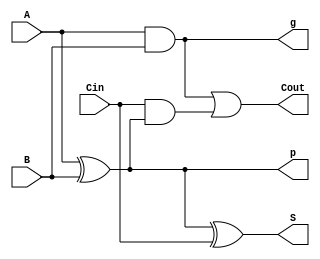
`timescale 1ns / 1ps

// 1 - bit full adder with generate and propagate signals
// can be used in a carry - lookahead adder
module FullAdder(
input A,		// A in
input B,		// B in
input Cin,	// Carry / Borrrow in
output S,	// Sum / Difference bit
output Cout,// Carry / Borrow bit
output g,	// Carry / Borrow generate
output p		// Carry / Borrow propagate
);

assign p = A ^ B;
assign g = A & B;
assign S = p ^ Cin;
assign Cout = g|(Cin&p);

endmodule